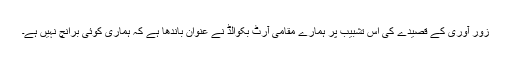
زور آوری کے قصیدے کی اس تشبیب پر ہمارے مقامی آرٹ بکوالڈ نے عنوان باندھا ہے کہ ہماری کوئی برانچ نہیں ہے۔